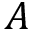
A